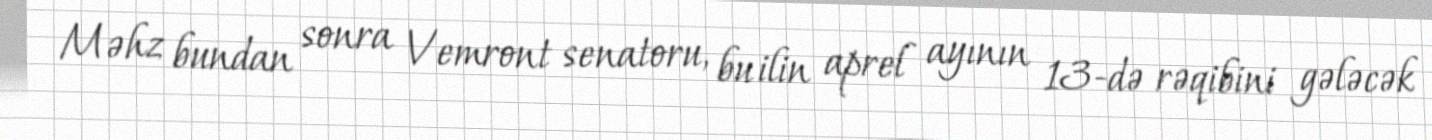
Məhz bundan sonra Vemront senatoru, bu ilin aprel ayının 13-də rəqibini gələcək